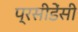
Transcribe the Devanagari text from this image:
प्रसीडेंसी